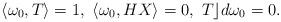
LaTeX: \begin{align*}\langle\omega_0,T\rangle=1,~\langle\omega_0, HX\rangle=0,~ T\rfloor d\omega_0=0.\end{align*}